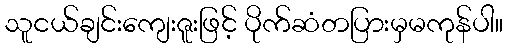
သူငယ်ချင်းကျေးဇူးဖြင့် ပိုက်ဆံတပြားမှမကုန်ပါ။